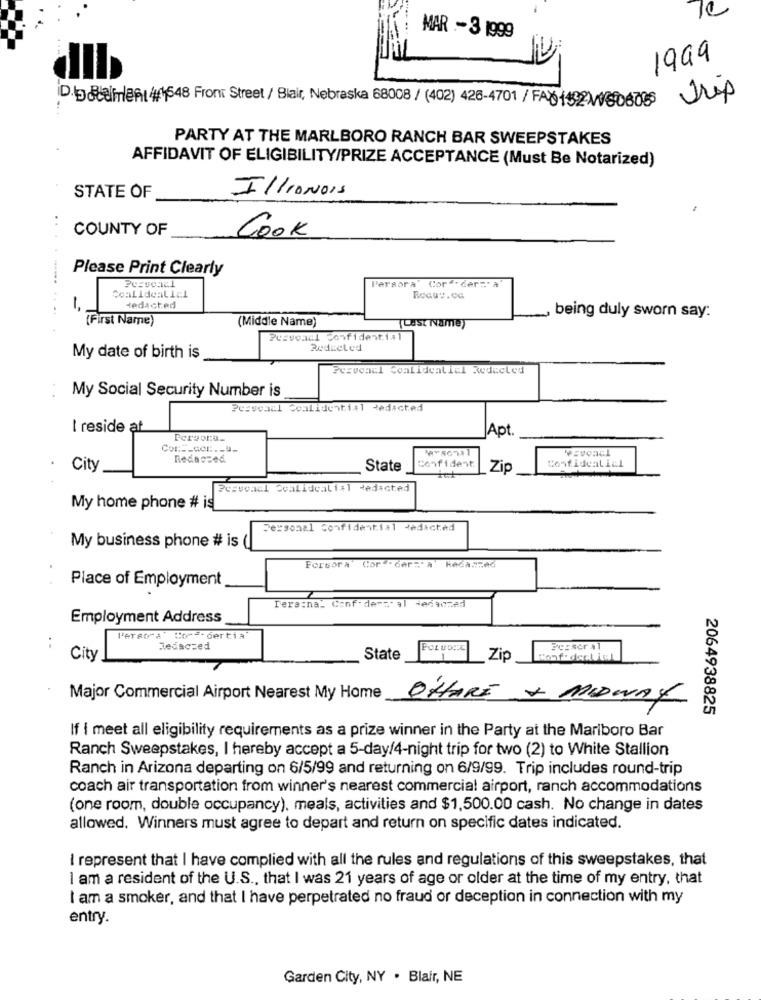
MAR - 3 1999
1999
iD.p Reifen ##1548 Front Street / Blair, Nebraska 68008 / (402) 426-4701 / FAX1492/50678
Trip
PARTY AT THE MARLBORO RANCH BAR SWEEPSTAKES
AFFIDAVIT OF ELIGIBILITY/PRIZE ACCEPTANCE (Must Be Notarized)
STATE OF
ILLINOIS
COUNTY OF
Cook
Please Print Clearly
Persora
Cor ". der=" A
Coalidealicl
Hedacted
...
(First Name)
being duly sworn say:
(Middle Name)
Last Namey
Pessoal Confidential
Redceled
My date of birth is
Pervoacl Coalidealiel Redacted
My Social Security Number is
Personal Confidential Redacted
I reside at
Apt
Persona-
Cor :-- Ger :. - u-
Redacted
Confident
Confidentiel
City
State
Zip
Perveael coalidealial Redacted
My home phone # is
Personal Confidential redacted
My business phone # is ()
Forsora Cor .der=" # Redaszed
Place of Employment
Tera:na. Conf descal
Hedaczad
Employment Address
..
l'erso"a: Conf. dertia
Redacted
Perser al
City
State
Zip
Major Commercial Airport Nearest My Home
OHARE + MIDWAY
2064938825
If i meet all eligibility requirements as a prize winner in the Party at the Marlboro Bar
Ranch Sweepstakes, I hereby accept a 5-day/4-night trip for two (2) to White Stallion
Ranch in Arizona departing on 6/5/99 and returning on 6/9/99. Trip includes round-trip
coach air transportation from winner's nearest commercial airport, ranch accommodations
(one room, double occupancy), meals, activities and $1,500.00 cash. No change in dates
allowed. Winners must agree to depart and return on specific dates indicated.
I represent that I have complied with all the rules and regulations of this sweepstakes, that
I am a resident of the U.S ., that I was 21 years of age or older at the time of my entry, that
I am a smoker, and that I have perpetrated no fraud or deception in connection with my
entry.
Garden City, NY . Blair, NE